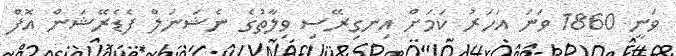
ވަނީ 1860 ވަނަ އަހަރު ކަމަށް އިނގިރޭސި ވިލާތުގެ ނެޝަނަލް ފެޑެރޭޝަން އޮފް